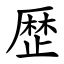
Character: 歴